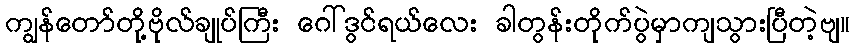
ကျွန်တော်တို့ဗိုလ်ချုပ်ကြီး ဂေါ်ဒွင်ရယ်လေး ခါတွန်းတိုက်ပွဲမှာကျသွားပြီတဲ့ဗျ။